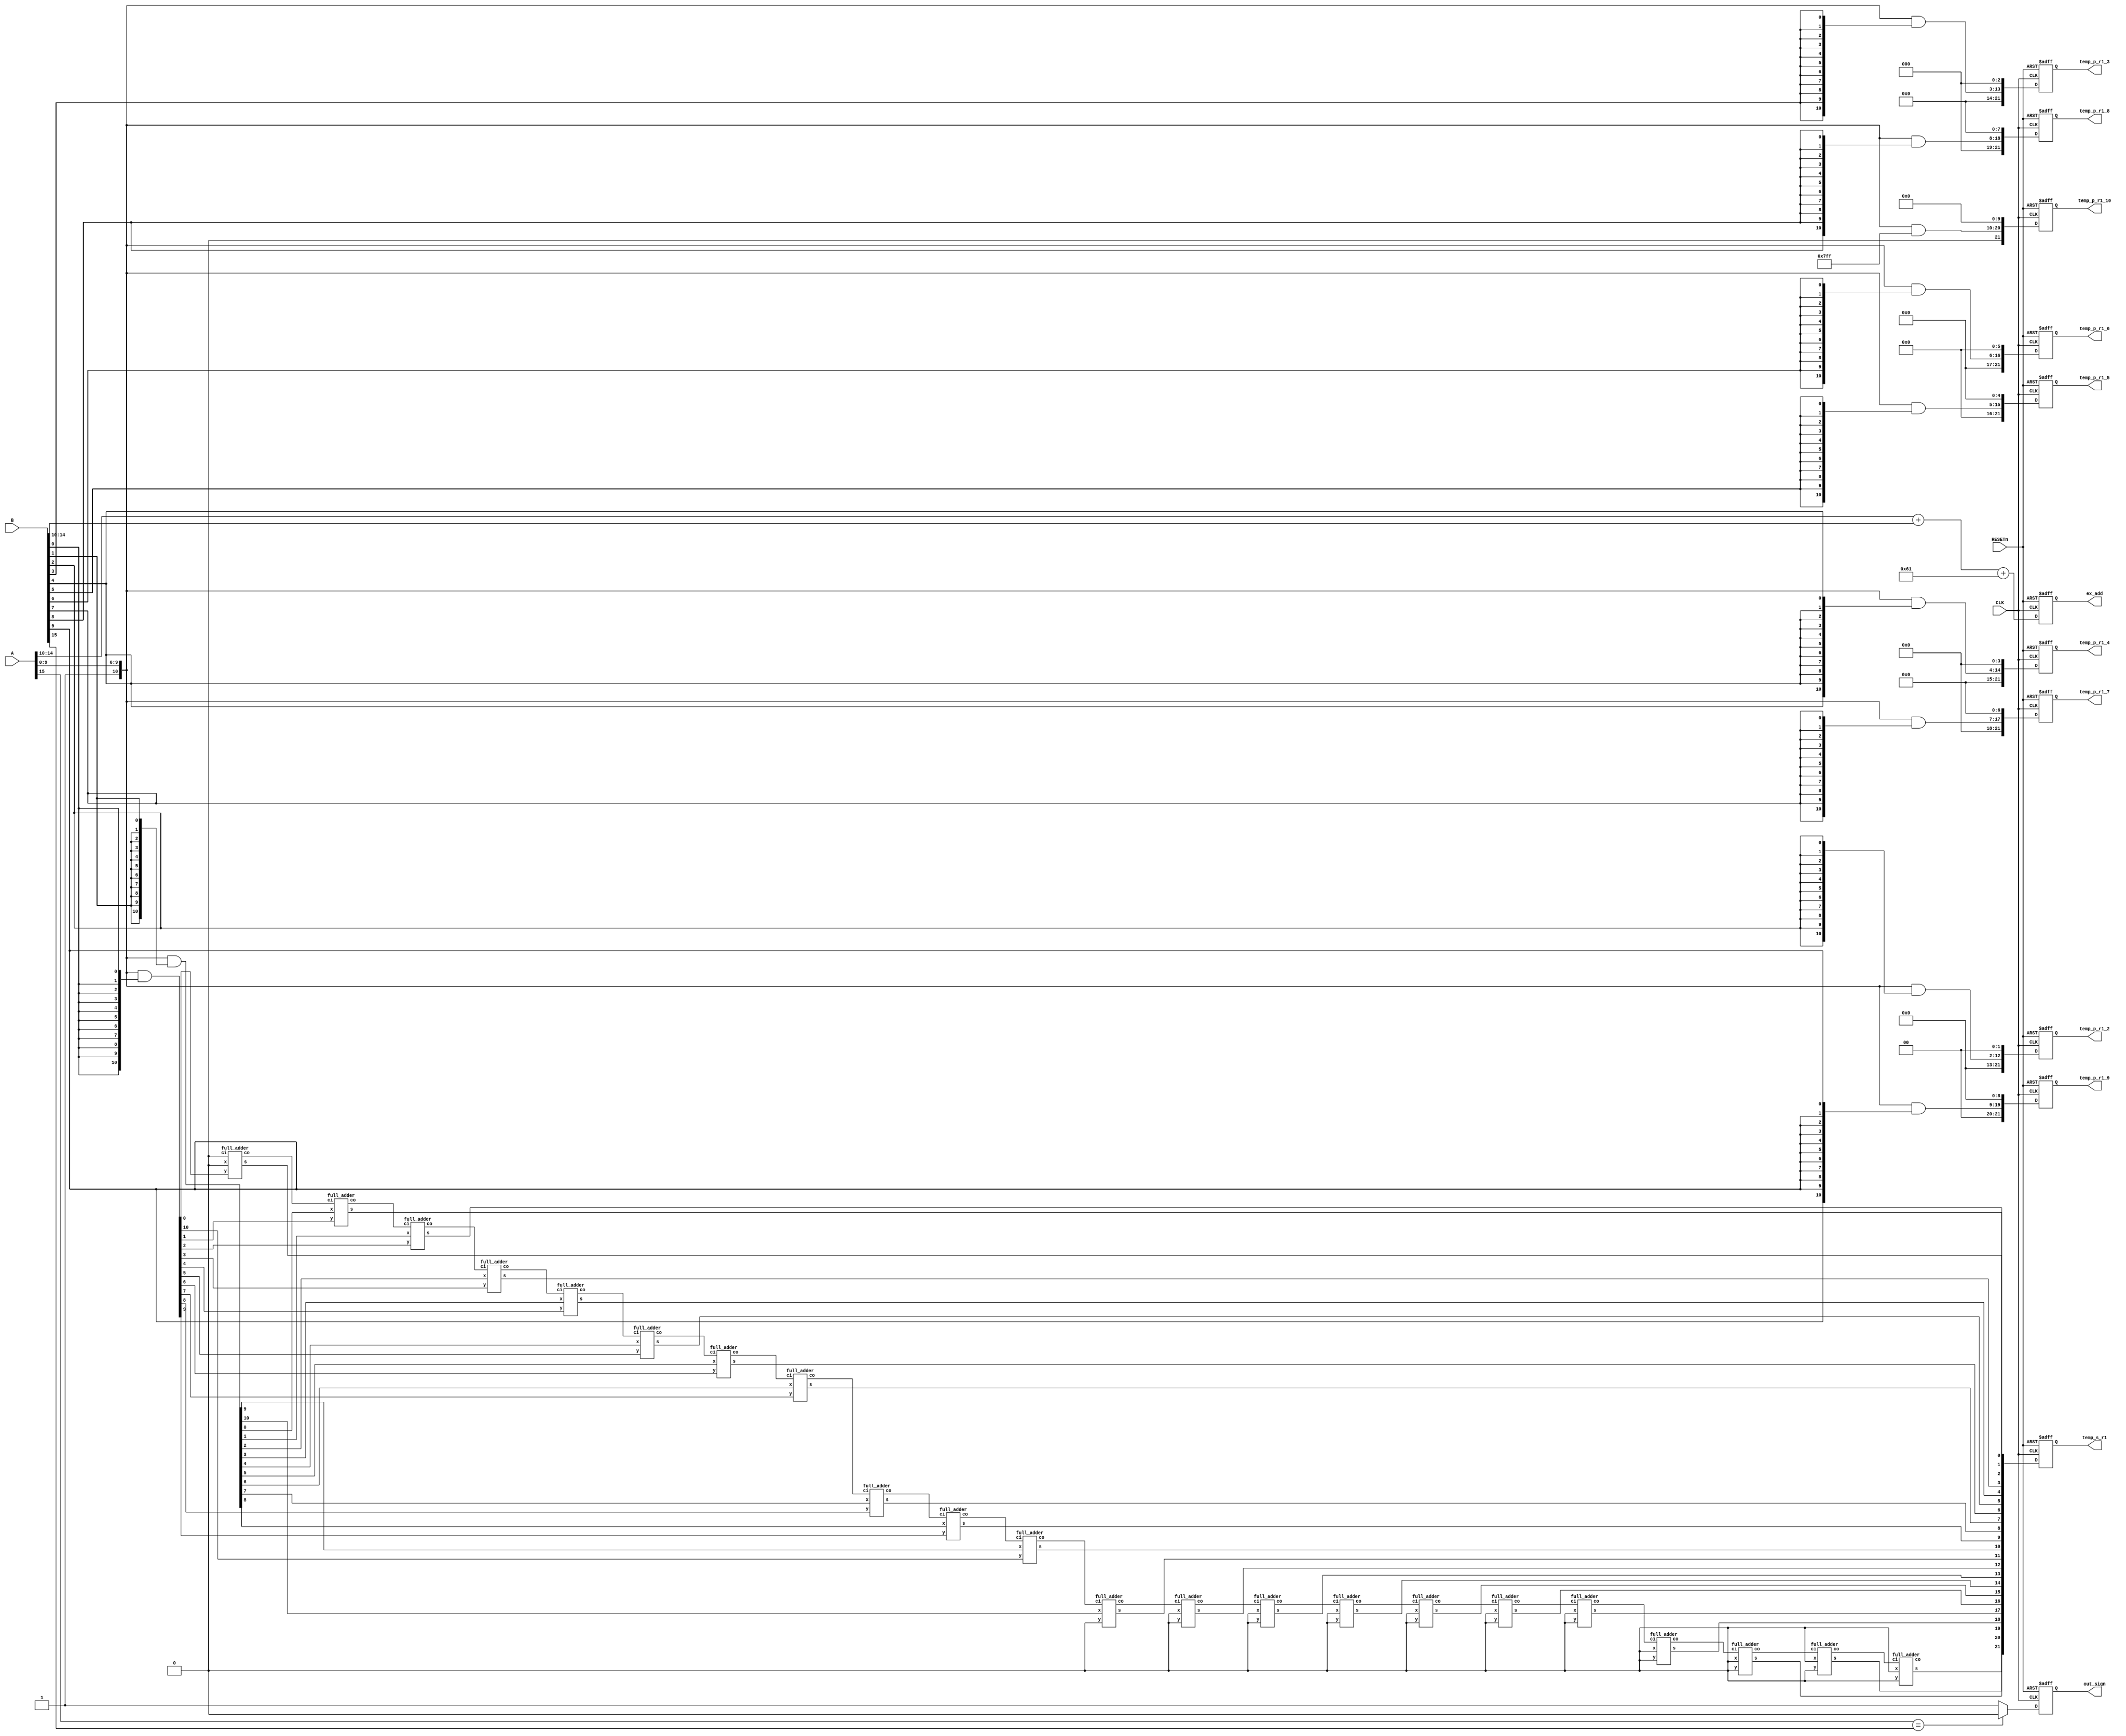
`timescale 1ns / 1ps
//////////////////////////////////////////////////////////////////////////////////
// Company: 
// Engineer: 
// 
// Design Name: 
// Module Name:    fm_step1 
// Project Name: 
// Target Devices: 
// Tool versions: 
// Description: 
//
// Dependencies: 
//
// Revision: 
// Revision 0.01 - File Created
// Additional Comments: 
//
//////////////////////////////////////////////////////////////////////////////////

//float multiplier step1 - ex_add, out_sign
// + array_multiplier - get partial & 1st line summation

module fm_step1(CLK, RESETn, A, B, ex_add, out_sign, temp_p_r1_2, temp_p_r1_3, temp_p_r1_4, temp_p_r1_5, temp_p_r1_6, temp_p_r1_7, temp_p_r1_8, temp_p_r1_9, temp_p_r1_10, temp_s_r1);
	input CLK, RESETn;
	input [15:0] A, B;
	
	output reg [7:0] ex_add;
	output reg out_sign;
	
	output reg [21:0] temp_p_r1_2;
	output reg [21:0] temp_p_r1_3;
	output reg [21:0] temp_p_r1_4;
	output reg [21:0] temp_p_r1_5;
	output reg [21:0] temp_p_r1_6;
	output reg [21:0] temp_p_r1_7;
	output reg [21:0] temp_p_r1_8;
	output reg [21:0] temp_p_r1_9;
	output reg [21:0] temp_p_r1_10;
	
	output reg [21:0] temp_s_r1;
	
	wire s_A = A[15];							//sign of A
	wire [4:0] ex_A = A[14:10];			//exponent of A
	wire [10:0] sg_A = {1'b1, A[9:0]};	//significand of A
	
	wire s_B = B[15];							//sign of B
	wire [4:0] ex_B = B[14:10];			//exponent of B
	wire [10:0] sg_B = {1'b1, B[9:0]};	//significand of B
	
	//exponent addition////////////////////////////
	wire [7:0] ex_addition = ex_A + ex_B + 97;
	//@-127 = (ex_A-15) + (ex_B - 15)
	
	//sign_determine//////////////////////
	wire sign_determine = (s_A == s_B) ? 0 :1;
	//equal sign - positive output=0, differnet sing - negetive output=1
	
	
	//array mulriplier - first row//////////////
	wire [21:0] partials[10:0];
	wire [21:0] sum_r1;
	wire [22:0] carry_r1;
	
	//partials generate
	genvar i;
	generate
		for (i=0 ; i<11 ; i=i+1) begin
			assign partials[i] = {sg_A&{11{sg_B[i]}}} << i;
		end
	endgenerate
	
	assign carry_r1[0] = 1'b0;
	//assign sum_r1[0] = partials[0];
	
	genvar c;
	generate
		for (c=0 ; c<22 ; c=c+1) begin: am_row1
			full_adder fm_s1_am1(.x(partials[1][c]), .y(partials[0][c]), .ci(carry_r1[c]), .co(carry_r1[c+1]), .s(sum_r1[c]));	
		end
	endgenerate
	
	

	always@(posedge CLK, negedge RESETn)begin
		if(!RESETn)begin
			out_sign <= 0;
			ex_add <= 0;
			
			temp_p_r1_2 <= 0;
			temp_p_r1_3 <= 0;
			temp_p_r1_4 <= 0;
			temp_p_r1_5 <= 0;
			temp_p_r1_6 <= 0;
			temp_p_r1_7 <= 0;
			temp_p_r1_8 <= 0;
			temp_p_r1_9 <= 0;
			temp_p_r1_10 <= 0;
			temp_s_r1 <= 22'b0;
		end
		
		else begin
			out_sign <= sign_determine;
			ex_add <= ex_addition;
			
			temp_p_r1_2 <= partials[2];
			temp_p_r1_3 <= partials[3];
			temp_p_r1_4 <= partials[4];
			temp_p_r1_5 <= partials[5];
			temp_p_r1_6 <= partials[6];
			temp_p_r1_7 <= partials[7];
			temp_p_r1_8 <= partials[8];
			temp_p_r1_9 <= partials[9];
			temp_p_r1_10 <= partials[10];
			temp_s_r1 <= sum_r1;
		end
	end
	
endmodule

/////////////////////////////////////////////
	
module full_adder(x,y,ci,co,s);
	input x, y, ci;
	output co, s;
	
	wire w1, w2, w3;
	xor(w1, x, y);
	xor(s, w1, ci);
	and(w2, w1, ci);
	and(w3, x, y);
	or(co, w3, w2);

endmodule